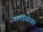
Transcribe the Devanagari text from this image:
कारडॅसीयन